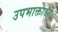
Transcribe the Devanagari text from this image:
उपभाक्ताओं